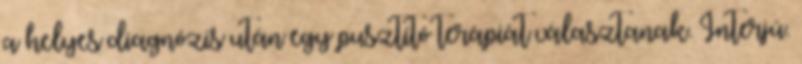
a helyes diagnózis után egy pusztító terápiát választanak. Interjú.